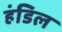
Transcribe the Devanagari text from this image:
हंडिल